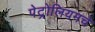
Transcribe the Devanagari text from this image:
पेट्रोलियमचे